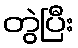
တွဲပြီး